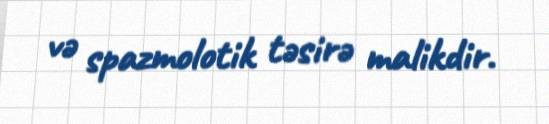
və spazmolotik təsirə malikdir.